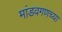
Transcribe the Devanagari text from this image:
मांडवगणच्या